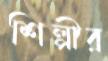
শিল্পীর